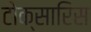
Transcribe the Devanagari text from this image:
टोक्सारिस